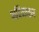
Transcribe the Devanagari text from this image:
अदिगारम